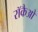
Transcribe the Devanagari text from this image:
रॉकैओ